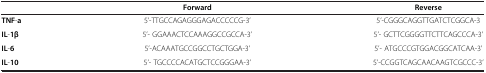
<table><thead><tr><td>[EMPTY_CELL]</td><td><b>Forward</b></td><td><b>Reverse</b></td></tr></thead><tbody><tr><td><b>TNF</b>-<b>a</b></td><td>5’-TTGCCAGAGGGAGACCCCCG-3’</td><td>5’-CGGGCAGGTTGATCTCGGCA-3</td></tr><tr><td><b>IL</b>-<b>1β</b></td><td>5’- GGAAACTCCAAAGGCCGCCA-3’</td><td>5’- GCTTCGGGGTTCTTCAGCCCA-3’</td></tr><tr><td><b>IL</b>-<b>6</b></td><td>5’-ACAAATGCCGGCCTGCTGGA-3’</td><td>5’- ATGCCCGTGGACGGCATCAA-3’</td></tr><tr><td><b>IL</b>-<b>10</b></td><td>5’- TGCCCCACATGCTCCGGGAA-3’</td><td>5’-CCGGTCAGCAACAAGTCGCCC-3’</td></tr></tbody></table>